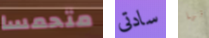
متحمسا سادتى إنها